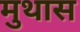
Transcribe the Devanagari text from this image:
मुथास